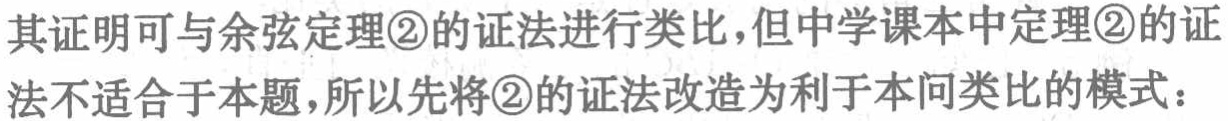
其证明可与余弦定理\textcircled{2}的证法进行类比,但中学课本中定理\textcircled{2}的证法不适合于本题,所以先将\textcircled{2}的证法改造为利于本问类比的模式：